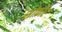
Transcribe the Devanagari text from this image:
सोफार